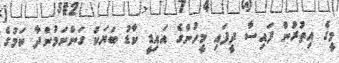
މީގެ އިތުރުން ފައިސާ ދީފައި މީހުންގެ އައިޑީ ކާޑު ބަޔަކު ގަންނަމުންދާ ކަމުގެ